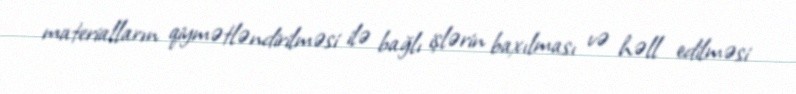
materialların qiymətləndirilməsi ilə bağlı işlərin baxılması və həll edilməsi